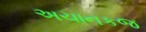
અચાનકજ